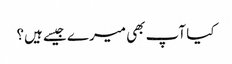
کیا آپ بھی میرے جیسے ہیں؟